Report on the administration of the Government Cinchona Department 1892-98
Year: 1892
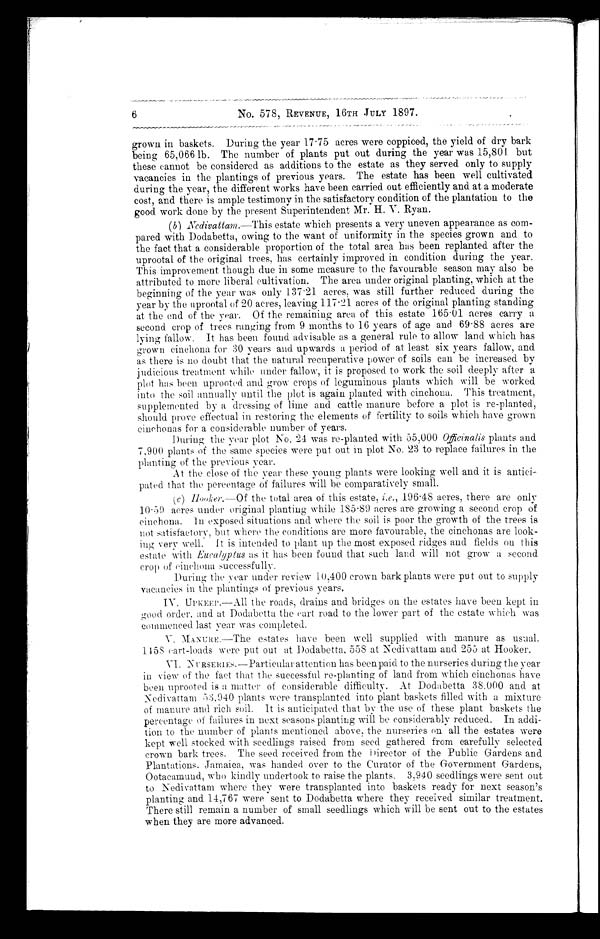
6 No. 578, REVENUE, 16TH JULY 1897 .
grown in baskets. During the year 17·75 acres were coppiced, the yield of dry bark
being 65,066 lb. The number of plants put out during the year was 15,801. but
these cannot be considered as additions to the estate as they served only to supply
vacancies in the plantings of previous years. The estate has been well cultivated
during the year, the different works have been carried out efficiently and at a moderate
cost, and there is ample testimony in the satisfactory condition of the plantation to the
good work done by the present Superintendent Mr. H. V. Ryan.
(b) Nedivattam.—This estate which presents a very uneven appearance as com-
pared with Dodabetta, owing to the want of uniformity in the species grown and to
the fact that a considerable proportion of the total area has been replanted after the
uprootal of the original trees, has certainly improved in condition during the year.
This improvement though due in some measure to the favourable season may also be
attributed to more liberal cultivation. The area under original planting, which at the
beginning of the year was only 137·21 acres, was still further reduced during the
year by the uprootal of 20 acres, leaving 117·21 acres of the original planting standing
at the end of the year. Of the remaining area of this estate 165·01 acres carry a
second crop of trees ranging from 9 months to 16 years of age and 69·88 acres are
lying fallow. It has been found advisable as a general rule to allow land which has
grown cinchona for 30 years and upwards a period of at least six years fallow, and
as there is no doubt that the natural recuperative power of soils can be increased. by
judicious treatment while under fallow, it is proposed to work the soil deeply after a
plot has been uprooted and grow crops of leguminous plants which will be worked
into the soil annually until the plot is again planted with cinchona. This treatment,
supplemented by a dressing of lime and cattle manure before a plot is re-planted,
should prove effectual in restoring the elements of fertility to soils which have grown
cinchonas for a considerable number of years.
During the year plot No. 24 was re-planted with 55,000 Officinalis plants and
7,900 plants of the same species were put out in plot No. 23 to replace failures in the
planting of the previous year.
At the close of the year these young plants were looking well and it is antici-
pated that the percentage of failures will be comparatively small.
(c) Hooker.—Of the total area of this estate, i. e ., 196·48 acres, there are only
10·59 acres under original planting while 185·89 acres are growing a second crop of
cinchona. In exposed situations and where the soil is poor the growth of the trees is
not satisfactory, but where the conditions are more favourable, the cinchonas are look-
ing very well. It is intended to plant up the most exposed ridges and fields on this
estate with Eucalyptus as it has been found that such land will not grow a second
crop of cinchona successfully.
During the year under review 10,400 crown bark plants were put out to supply
vacancies in the plantings of previous years.
IV. UPKEEP.—All the roads, drains and bridges on the estates have been kept in
good order, and at Dodabetta the cart road to the lower part of the estate which was
commenced last year was completed.
V. MANURE.—The estates have been well supplied with manure as usual.
1458 cart-loads were put out at Dodabetta, 558 at Nedivattam and 255 at Hooker.
VI. NURSERIES.—Particular attention has been paid to the nurseries during the year
in view of the fact that the successful re-planting of land from which cinchonas have
been uprooted is a matter of considerable difficulty. At Dodabetta 38.000 and at
Nedivattam 53,940 plants were transplanted into plant baskets filled with a mixture
of manure and rich soil. It is anticipated that by the use of these plant baskets the
percentage of failures in next seasons planting will be considerably reduced. In addi-
tion to the number of plants mentioned above, the nurseries on all the estates were
kept well stocked with seedlings raised from seed gathered from carefully selected
crown bark trees. The seed received from the Director of the Public Gardens and
Plantations. Jamaica, was handed over to the Curator of the Government Gardens,
Ootacamund, who kindly undertook to raise the plants. 3,940 seedlings were sent out
to Nedivattam where they were transplanted into baskets ready for next season's
planting and 14,767 were sent to Dodabetta where they received similar treatment.
There still remain a number of small seedlings which will be sent out to the estates
when they are more advanced.